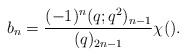
\begin{align*} b_n = \frac{(-1)^n(q;q^2)_{n-1}}{(q)_{2n-1}} \chi().\end{align*}